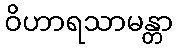
ဝိဟာရသာမန္တာ